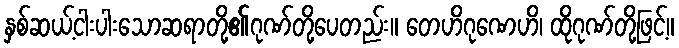
နှစ်ဆယ့်ငါးပါးသောဆရာတို့၏ဂုဏ်တို့ပေတည်း။ တေဟိဂုဏေဟိ၊ ထိုဂုဏ်တို့ဖြင့်။